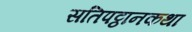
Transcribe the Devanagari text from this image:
सतिपट्ठानकथा